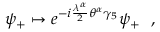
\psi _ { + } \mapsto e ^ { - i { \frac { \lambda ^ { \alpha } } { 2 } } \theta ^ { \alpha } \gamma _ { 5 } } \psi _ { + } ~ ~ ,